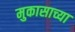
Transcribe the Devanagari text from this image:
मुकासाच्या